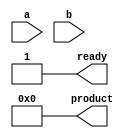
module multiplier(
output [127:0] product,
output ready,
input wire[63:0] a, b
);

reg [127:0] product, mc;
reg [63:0] mp;
reg [6:0] ctr;
reg clk;
wire ready;

wire nega, negb;

assign nega = a[63];
assign negb = b[63];
assign ready = (ctr>=63) ? 1:0;

always begin
  #2 clk = ~clk;
end

always@(a|b) begin
    product <= 0;
    mp <= (nega) ? -a : a;
    mc <= (negb) ? -b : b;
    mc[127:64] <=64'b0;
    clk <= 0;
    ctr = 0;
  end

always@(clk)
begin 
if(ctr<63)begin
  if(mp[0]==1)begin
    product <= product+ mc;
    end
  mc = mc << 1;
  mp = mp >>1;
  ctr =ctr+1;
end
if(ctr>=63)begin
      if(a[63] !== b[63]) begin
      product[127] <= 1;
    end
end
end


endmodule